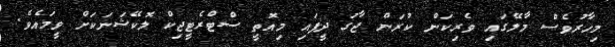
މިހާރުވެސް މާލޭގައި ވެރިކަން ކުރަން ޖާގަ ދީފައި މިއޮތީ ސްޓްރެޓީޖިކް ލޮކޭޝަނަކަށް ވީމައެވެ.